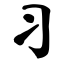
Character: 习